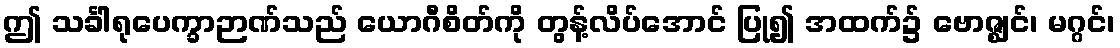
ဤ သင်္ခါရုပေက္ခာဉာဏ်သည် ယောဂီစိတ်ကို တွန့်လိပ်အောင် ပြု၍ အထက်၌ ဗောဇ္ဈင်၊ မဂ္ဂင်၊